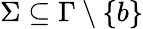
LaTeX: \Sigma\subseteq\Gamma\setminus\{ b\}